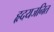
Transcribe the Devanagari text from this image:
हृदयजनित